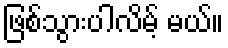
ဖြစ်သွားပါလိမ့် မယ်။